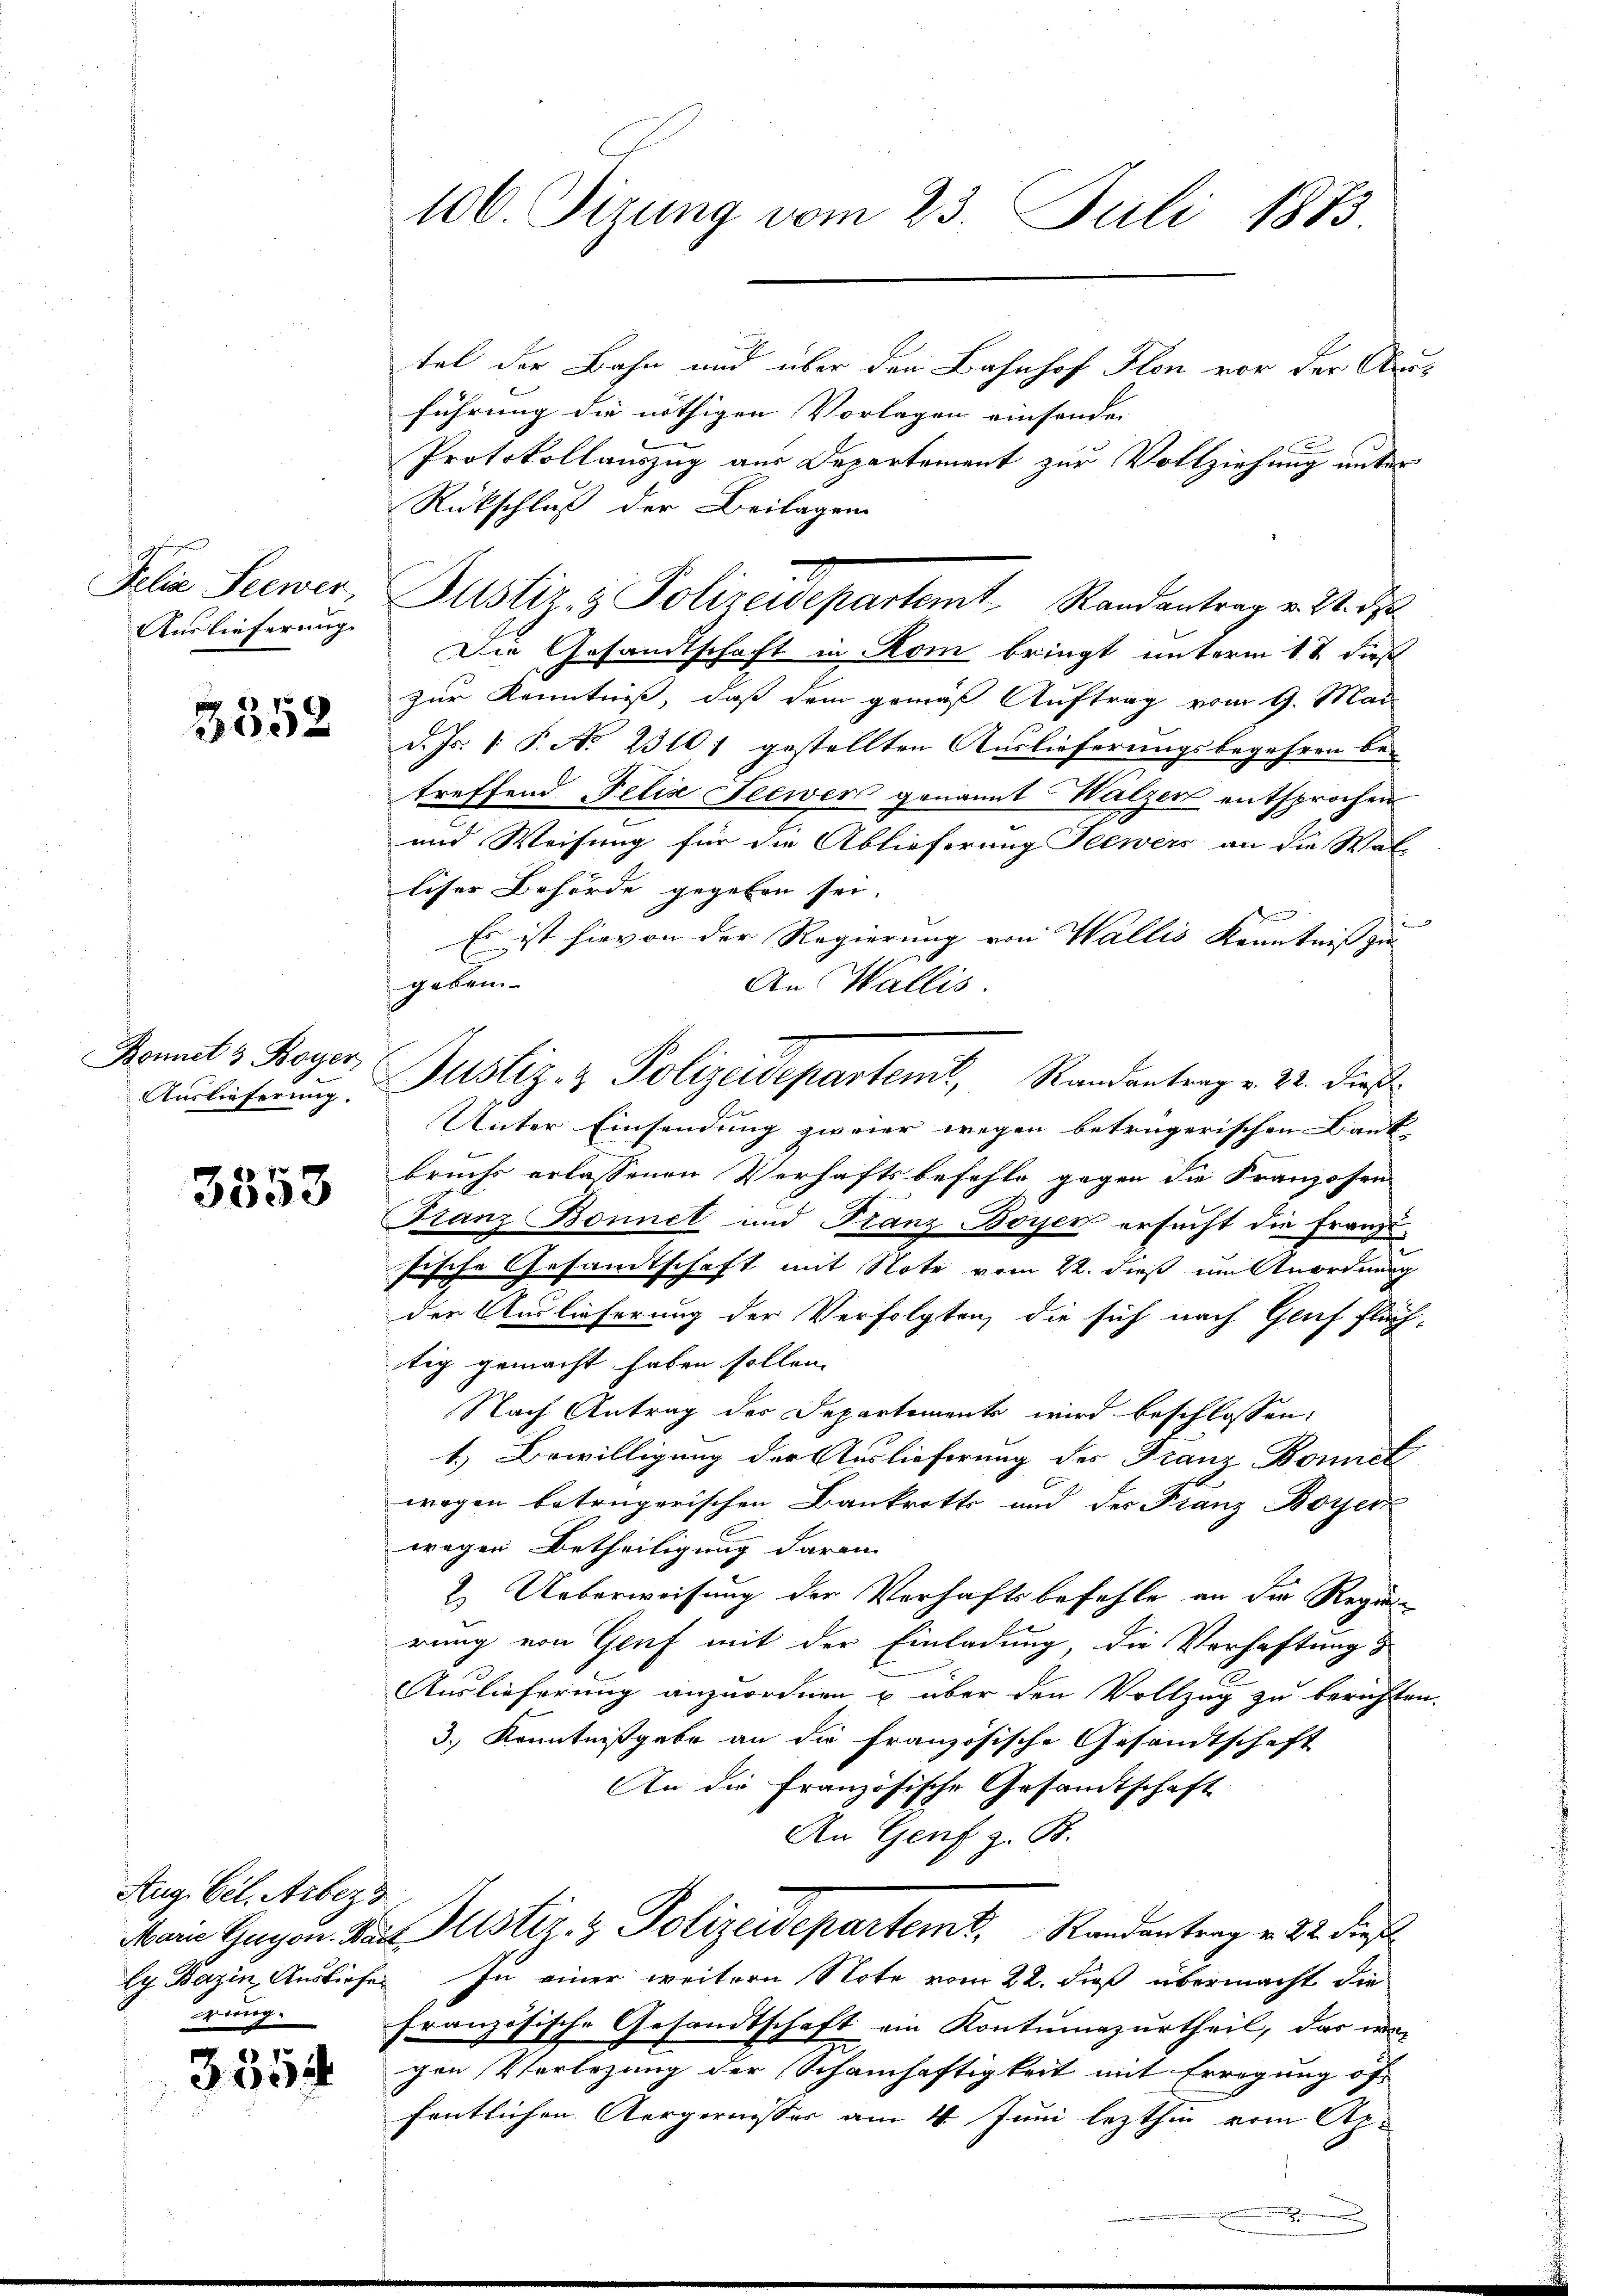
Felix Seewer,
Auslieferung.

3552

Bonnet & Boyer
Auslieferung.

3353

Aug. Cel. Arberg
rig.

3512

100. Sizung vom 23. Juli 1883.

tel der Bahn und über den Bahnhof Flon vor der Ausführung die nöthigen Vorlagen einsenden
Protokollauszug aus Departement zur Vollziehung unter
Rückschluß der Beilagen
Die Gesandtschaft in Rom bringt unterm 12 dieß
zur Kenntniß, daß dem gemäß Auftrag vom 9. Mai
d. Js. 1. P. No 23101 gestellten Auslieferungsbegehren be-
treffend Felix Seewer genannt Walzer entsprochen
und Weisung für die Ablieferung Seewers an die Wal
liser Behörde gegeben sei.
u
Es ist hievon der Regierung von Wallis Kenntniß gin
geben.
An Wallis.
Justiz- & Polizeidepartent, Randantrag v. 22. dies
Unter Einsendung zweier wegen betrügerischen Bank- |
bruchs erlassenen Verhaftsbefehle gegen die Franzosen
Franz Bonnet und Franz Boyer ersucht die Franzifische Gesandtschaft mit Note vom 22. dieß um Anordnung
der Auslieferung der Verfolgten, die sich nach Genf flüch-
tig gemacht haben sollen.
Nach Antrag des Departements wird beschlossen:
1.) Bewilligung der Auslieferung des Franz Bonnet
wegen betrügerischen Bankrotts und der Franz Boyer
wegen Betheiligung daran
2. Ueberweisung der Verhaftsbefehle an die Regierung von Genf mit der Einladung die Verhaftung
Auslieferung anzuordnen u über den Vollzug zu berichten.
3.) Kenntnißgabe an die französische Gesandtschaft
An die Französische Gesandtschaft
An Genf z. B.
Main Gegen. Das Justiz- & Polizeidepartem k. Randantrag v. 22. dieß
ly Bazin Ausliefe. In einer weitern Note vom 22. dieß übermacht die
französische Gesandtschaft ein Kontumazurtheil, das wi
gen Verlegung der Schamhaftigkeit mit Erregung öf-
fentlichen Aergernisses am 4. Juni lezthin vom Ap.

.
2
Justiz- & Polizeidepartemt Randantrag v. 2. de